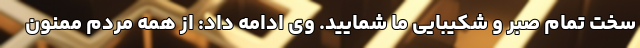
سخت تمام صبر و شکیبایی ما شمایید. وی ادامه داد: از همه مردم ممنون